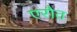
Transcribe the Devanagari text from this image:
एरौत